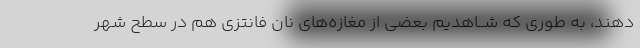
دهند، به طورى که شــاهدیم بعضى از مغازه‌هاى نان فانتزى هم در سطح شهر